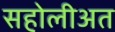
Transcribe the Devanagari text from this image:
सहोलीअत